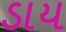
ડાય